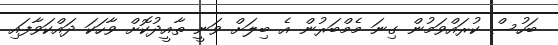
ބަހުސް ކުރައްވަމުން ގިނަ މެމްބަރުން އެ ބިލަށް ވަނީ ތާއީދުކޮށް ވާހަކަ ދައްކަވާފައި